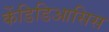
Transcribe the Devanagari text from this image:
केंडिडिआसिस